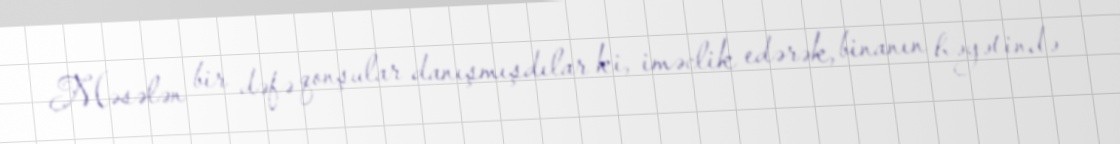
Məsələn bir dəfə qonşular danışmışdılar ki, iməclik edərək, binanın həyətində